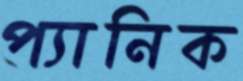
প্যানিক